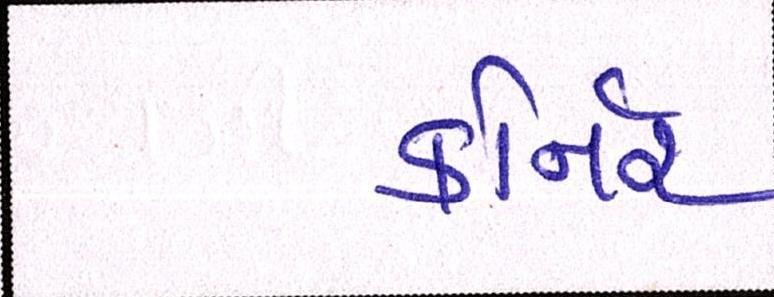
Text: કોર્નર